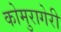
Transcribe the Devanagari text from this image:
कोमुरागेरी